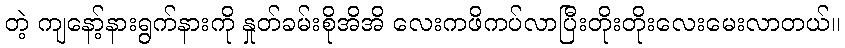
တဲ့ ကျနော့်နားရွက်နားကို နှုတ်ခမ်းစိုအိအိ လေးကဖိကပ်လာပြီးတိုးတိုးလေးမေးလာတယ်။